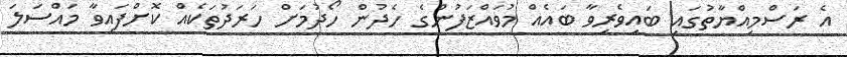
އެ ރަސްމިއްޔާތުގައި ބައިވެރިވާ ބައެއް މުވައްޒަފުންގެ ހެދުން ހޯދުމަށް ހަރަދުތަކެއް ކޮށްފައިވާ މައްސަލަ